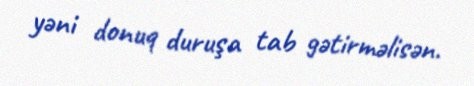
yəni donuq duruşa tab gətirməlisən.